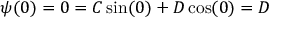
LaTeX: \psi ( 0 ) = 0 = C \sin ( 0 ) + D \cos ( 0 ) = D